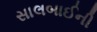
સાલબાઈની